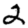
Digit: 2